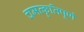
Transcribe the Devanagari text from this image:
चमत्कृतिपूर्ण